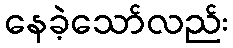
နေခဲ့သော်လည်း